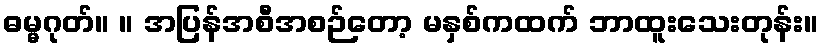
ဓမ္မဂုတ်။ ။ အပြန်အစီအစဉ်တော့ မနှစ်ကထက် ဘာထူးသေးတုန်း။